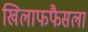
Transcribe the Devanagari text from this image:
खिलाफफैसला